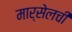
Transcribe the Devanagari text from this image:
मार्सेलची